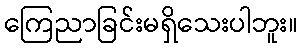
ကြေညာခြင်းမရှိသေးပါဘူး။